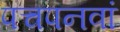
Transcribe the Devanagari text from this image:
पचपनवां